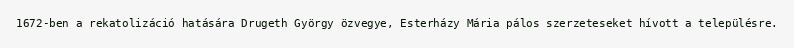
1672-ben a rekatolizáció hatására Drugeth György özvegye, Esterházy Mária pálos szerzeteseket hívott a településre.